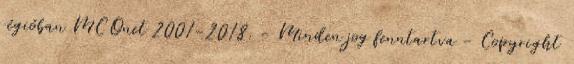
régióban MCOnet 2001-2018. - Minden jog fenntartva - Copyright